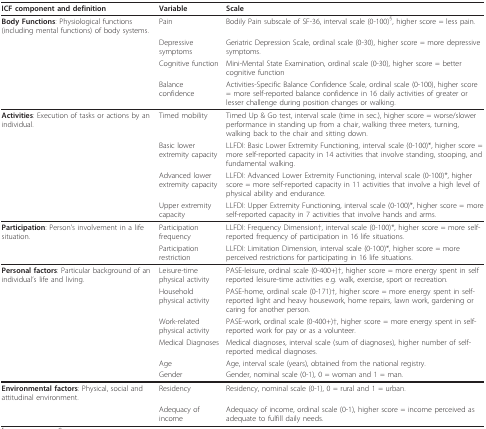
<table><thead><tr><td><b>ICF component and definition</b></td><td><b>Variable</b></td><td><b>Scale</b></td></tr></thead><tbody><tr><td><b>Body Functions</b>: Physiological functions (including mental functions) of body systems.</td><td>Pain</td><td>Bodily Pain subscale of SF-36, interval scale (0-100)<sup>§</sup>, higher score = less pain.</td></tr><tr><td></td><td>Depressive symptoms</td><td>Geriatric Depression Scale, ordinal scale (0-30), higher score = more depressive symptoms.</td></tr><tr><td></td><td>Cognitive function</td><td>Mini-Mental State Examination, ordinal scale (0-30), higher score = better cognitive function</td></tr><tr><td></td><td>Balance confidence</td><td>Activities-Specific Balance Confidence Scale, ordinal scale (0-100), higher score = more self-reported balance confidence in 16 daily activities of greater or lesser challenge during position changes or walking.</td></tr><tr><td><b>Activities</b>: Execution of tasks or actions by an individual.</td><td>Timed mobility</td><td>Timed Up &amp; Go test, interval scale (time in sec.), higher score = worse/slower performance in standing up from a chair, walking three meters, turning, walking back to the chair and sitting down.</td></tr><tr><td></td><td>Basic lower extremity capacity</td><td>LLFDI: Basic Lower Extremity Functioning, interval scale (0-100)*, higher score = more self-reported capacity in 14 activities that involve standing, stooping, and fundamental walking.</td></tr><tr><td></td><td>Advanced lower extremity capacity</td><td>LLFDI: Advanced Lower Extremity Functioning, interval scale (0-100)*, higher score = more self-reported capacity in 11 activities that involve a high level of physical ability and endurance.</td></tr><tr><td></td><td>Upper extremity capacity</td><td>LLFDI: Upper Extremity Functioning, interval scale (0-100)*, higher score = more self-reported capacity in 7 activities that involve hands and arms.</td></tr><tr><td><b>Participation</b>: Person&#x27;s involvement in a life situation.</td><td>Participation frequency</td><td>LLFDI: Frequency Dimension†, interval scale (0-100)*, higher score = more self-reported frequency of participation in 16 life situations.</td></tr><tr><td></td><td>Participation restriction</td><td>LLFDI: Limitation Dimension, interval scale (0-100)*, higher score = more perceived restrictions for participating in 16 life situations.</td></tr><tr><td><b>Personal factors</b>: Particular background of an individual&#x27;s life and living.</td><td>Leisure-time physical activity</td><td>PASE-leisure, ordinal scale (0-400+)†, higher score = more energy spent in self reported leisure-time activities e.g. walk, exercise, sport or recreation.</td></tr><tr><td></td><td>Household physical activity</td><td>PASE-home, ordinal scale (0-171)†, higher score = more energy spent in self-reported light and heavy housework, home repairs, lawn work, gardening or caring for another person.</td></tr><tr><td></td><td>Work-related physical activity</td><td>PASE-work, ordinal scale (0-400+)†, higher score = more energy spent in self-reported work for pay or as a volunteer.</td></tr><tr><td></td><td>Medical Diagnoses</td><td>Medical diagnoses, interval scale (sum of diagnoses), higher number of self-reported medical diagnoses.</td></tr><tr><td></td><td>Age</td><td>Age, interval scale (years), obtained from the national registry.</td></tr><tr><td></td><td>Gender</td><td>Gender, nominal scale (0-1), 0 = woman and 1 = man.</td></tr><tr><td><b>Environmental factors</b>: Physical, social and attitudinal environment.</td><td>Residency</td><td>Residency, nominal scale (0-1), 0 = rural and 1 = urban. </td></tr><tr><td></td><td>Adequacy of income</td><td>Adequacy of income, ordinal scale (0-1), higher score = income perceived as adequate to fulfill daily needs.</td></tr></tbody></table>